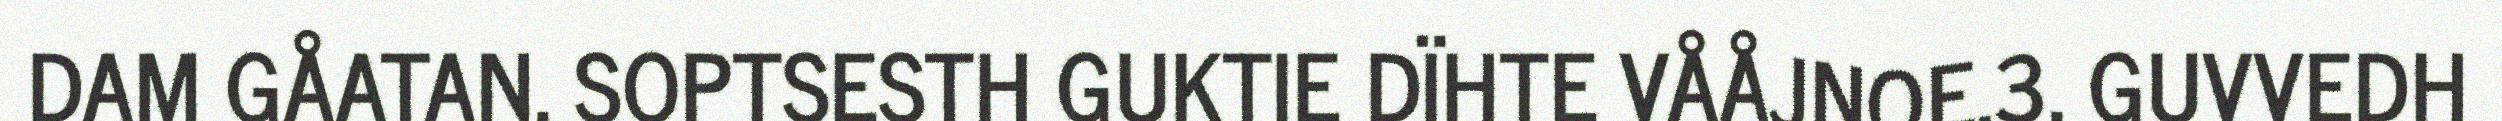
DAM GÅATAN. SOPTSESTH GUKTIE DÏHTE VÅÅJNOE.3. GUVVEDH